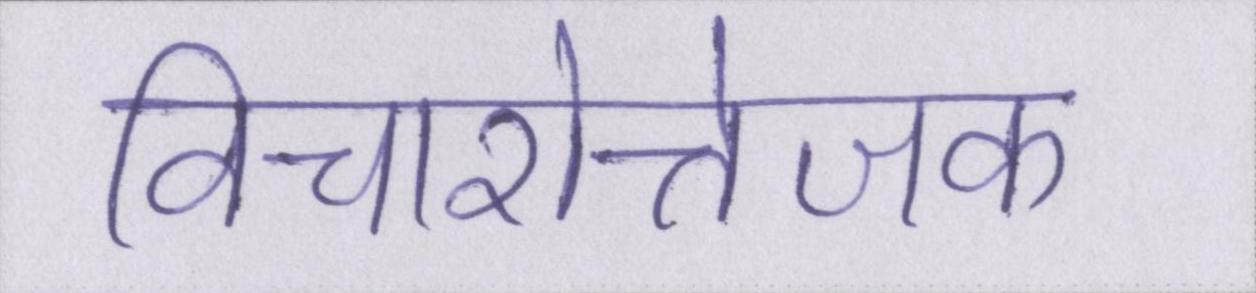
विचारोत्तेजक